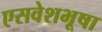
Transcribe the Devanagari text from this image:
एसवेशभूषा